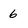
Character: 6